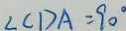
\angle C D A = 9 0 ^ { \circ }